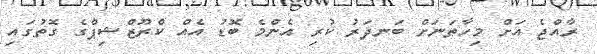
ރާއްޖެ އަށް މިހާތަނަށް ބަނދަރު ކުރި އެންމެ ބޮޑު އެއް ކްރޫޒްޝިޕްގެ ގޮތުގައި